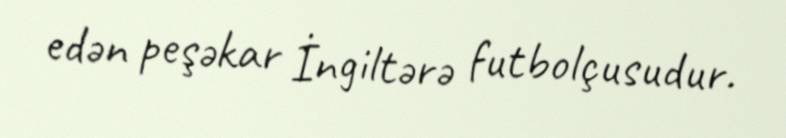
edən peşəkar İngiltərə futbolçusudur.